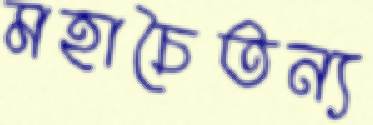
মহাচৈতন্য